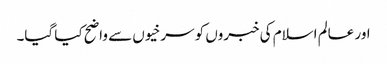
اور عالم اسلام کی خبروں کو سرخیوں سے واضح کیا گیا۔